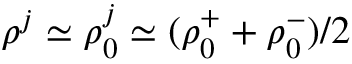
\rho ^ { j } \simeq \rho _ { 0 } ^ { j } \simeq ( \rho _ { 0 } ^ { + } + \rho _ { 0 } ^ { - } ) / 2